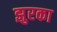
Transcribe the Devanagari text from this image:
झुरका